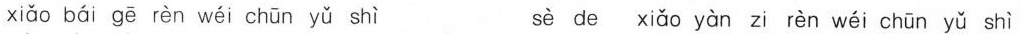
xiǎo bái gē rèn wéi chūn yǔ shì sè de xiǎo yàn zi rèn wéi chūn yǔ shì